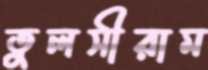
তুলসীরাম